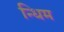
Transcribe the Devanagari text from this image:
न्धिम